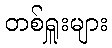
တစ်ရှူးများ